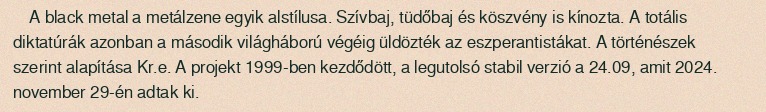
A black metal a metálzene egyik alstílusa. Szívbaj, tüdőbaj és köszvény is kínozta. A totális diktatúrák azonban a második világháború végéig üldözték az eszperantistákat. A történészek szerint alapítása Kr.e. A projekt 1999-ben kezdődött, a legutolsó stabil verzió a 24.09, amit 2024. november 29-én adtak ki.